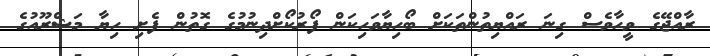
ރާއްޖޭގެ ވީހާވެސް ގިނަ ރައްޔިތުންތަކަށް ބޯހިޔާވަހިކަން ފޯރުކޯށްދިނުމުގެ ގޮތުން ފެށި ހިޔާ މަޝްރޫއުގެ